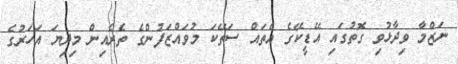
ނަޒްމާ ވިދާޅުވި ގޮތުގައި އޭޑީކޭގެ އެތައް ސަތޭކަ މުވައްޒަފުންގެ ތެރެއިން މިދިޔަ އަހަރުގެ